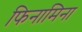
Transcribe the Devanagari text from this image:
फिनामिना